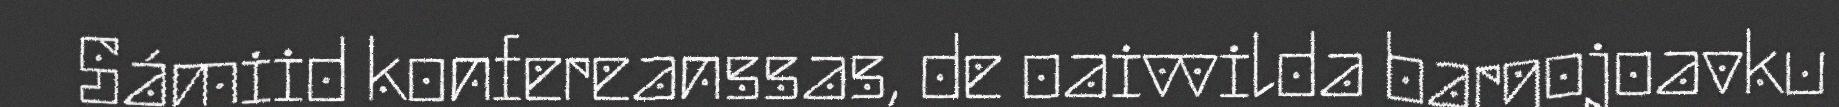
Sámiid konfereanssas, de oaivvilda bargojoavku